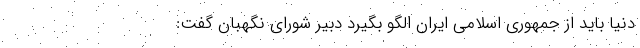
دنیا باید از جمهوری اسلامی ایران الگو بگیرد دبیر شورای نگهبان گفت: